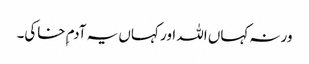
ورنہ کہاں اللہ اور کہاں یہ آدم ِخاکی۔